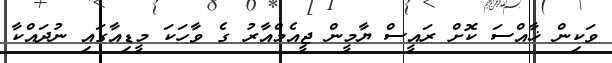
ވަކިން ޚާއްސަ ކޮށް ރައީސް ޔާމީން ޖީއެމްއާރު ގެ ވާހަކަ މީޑިއާގައި ނުދައްކާ